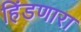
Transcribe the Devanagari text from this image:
हिंडणारा